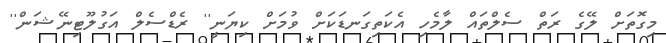
މިގޮތަށް ލޭގެ ރަތް ސެލްތައް ލާމެހި އެކަތިގަނޑަކަށް ވުމަށް ކިޔަނީ'' ރެޑްސެލް އަގުލޫޓިނޭޝަން''